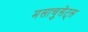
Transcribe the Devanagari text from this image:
मसाचुसेट्स